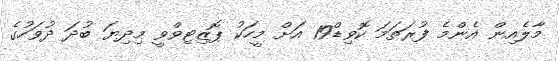
މާލެއިން އެންމެ ފުރަތަމަ ކޮވިޑް19 އަށް މީހަކު ޕޮޒިޓިވްވީ މިދިޔަ ބުދަ ދުވަހުގެ